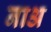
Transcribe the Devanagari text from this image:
नाअ